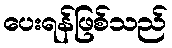
ပေးရန်ဖြစ်သည်